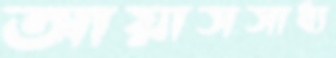
আয়াসসাধ্য